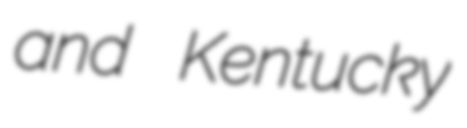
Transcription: and Kentucky